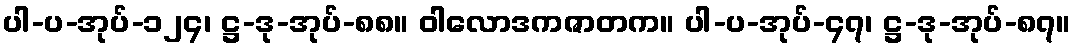
ပါ-ပ-အုပ်-၁၂၄၊ ဋ္ဌ-ဒု-အုပ်-၈၈။ ဝါလောဒကဇာတက။ ပါ-ပ-အုပ်-၄၇၊ ဋ္ဌ-ဒု-အုပ်-၈၇။